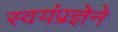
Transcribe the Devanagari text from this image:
स्वयंप्रज्ञेने